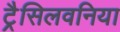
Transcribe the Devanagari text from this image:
ट्रैसिलवनिया